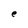
Character: e